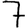
Digit: 7